Civil Veterinary Dept. Bombay admin report 1893-99 - 1893-1899
Year: 1893
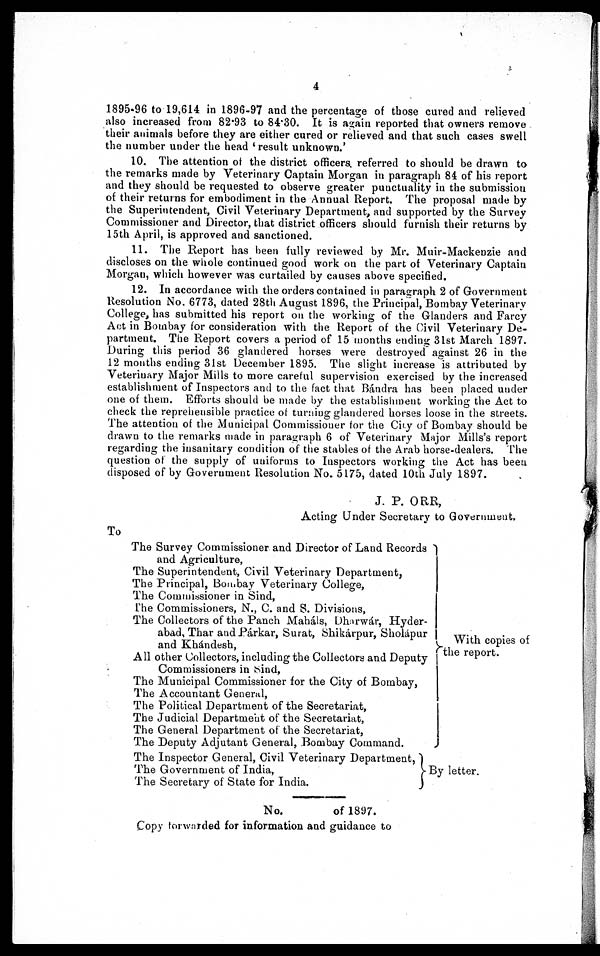
4
1895-96 to 19,614 in 1896-97 and the percentage of those cured and relieved
also increased from 82.93 to 84.30. It is again reported that owners remove
their animals before they are either cured or relieved and that such cases swell
the number under the head ' result unknown.'
10. The attention of the district officers referred to should be drawn to
the remarks made by Veterinary Captain Morgan in paragraph 84 of his report
and they should be requested to observe greater punctuality in the submission
of their returns for embodiment in the Annual Report. The proposal made by
the Superintendent, Civil Veterinary Department, and supported by the Survey
Commissioner and Director, that district officers should furnish their returns by
15th April, is approved and sanctioned.
11. The Report has been fully reviewed by Mr. Muir-Mackenzie and
discloses on the whole continued good work on the part of Veterinary Captain
Morgan, which however was curtailed by causes above specified.
12. In accordance with the orders contained in paragraph 2 of Government
Resolution No. 6773, dated 28th August 1896, the Principal, Bombay Veterinary
College, has submitted his report on the working of the Glanders and Farcy
Act in Bombay for consideration with the Report of the Civil Veterinary De-
partment. The Report covers a period of 15 months ending 31st March 1897.
During this period 36 glandered horses were destroyed against 26 in the
12 months ending 31st December 1895. The slight increase is attributed by
Veterinary Major Mills to more careful supervision exercised by the increased
establishment of Inspectors and to the fact that Bándra has been placed under
one of them. Efforts should be made by the establishment working the Act to
check the reprehensible practice of turning glandered horses loose in the streets.
The attention of the Municipal Commissioner for the City of Bombay should be
drawn to the remarks made in paragraph 6 of Veterinary Major Mills's report
regarding the insanitary condition of the stables of the Arab horse-dealers. The
question of the supply of uniforms to Inspectors working the Act has been
disposed of by Government Resolution No. 5175, dated 10th July 1897.
J. P. ORR,
Acting Under Secretary to Government.
To
The Survey Commissioner and Director of Land Records
and Agriculture,
The Superintendent, Civil Veterinary Department,
The Principal, Bombay Veterinary College,
The Commissioner in Sind,
The Commissioners, N., C. and S. Divisions,
The Collectors of the Panch Maháls, Dharwár, Hyder-
abad, Thar and Párkar, Surat, Shikárpur, Sholápur
and Khándesh,
All other Collectors, including the Collectors and Deputy
Commissioners in Sind,
The Municipal Commissioner for the City of Bombay,
The Accountant General,
The Political Department of the Secretariat,
The Judicial Department of the Secretariat,
The General Department of the Secretariat,
The Deputy Adjutant General, Bombay Command.
The Inspector General, Civil Veterinary Department,
The Government of India,
The Secretary of State for India.
No.
of 1897.
Copy forwarded for information and guidance to
With copies of
the report.
By letter.